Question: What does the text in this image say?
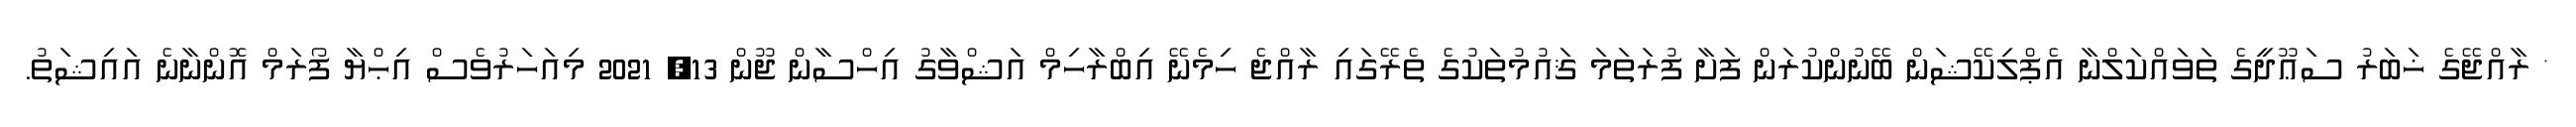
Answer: * ރާއްޖޭގެ ޚަބަރު ސަޢޫދީގެ ތަވައްކަލްނާ އެޕްލިކޭޝަން ބޭނުންކުރަން ފަށާ ފުރަތަމަ ޤައުމުތަކުގެ ތެރޭގައި ރާއްޖެ ހިމެނޭ އިބްރާހިމް އަޝްވާގު އިހްސާން ޖޫން 13, 2021 މިއަހަރުވެސް އިޙްޔާ ފޯރަމް އޮންނާނެ އައިޝަތު.